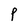
Character: P